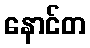
နောင်တ